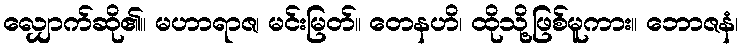
လျှောက်ဆို၏။ မဟာရာဇ၊ မင်းမြတ်။ တေနဟိ၊ ထိုသို့ဖြစ်မူကား။ ဘောဇနံ၊